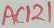
Text: AC121